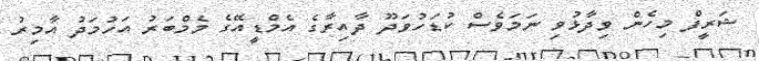
ޝަރީފް މިހެން ވިދާޅުވި ނަމަވެސް ކުޑަހުވަދޫ ދާއިރާގެ އެމްޑީއޭގެ މެމްބަރު އަހުމަދު އާމިރު